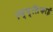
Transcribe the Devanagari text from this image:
एम्प्लिफाई